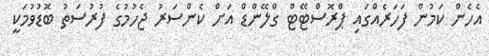
އެހެން ކަމުން ފަހަރެއްގައި ޕްރޮސްޓޭޓް ގްލޭންޑް އަށް ކެންސަރު ޖެހުމުގެ ފުރުސަތު ބޮޑުވުމަކީ